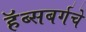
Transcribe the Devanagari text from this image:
हॅब्सबर्गचे